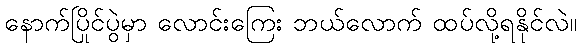
နောက်ပြိုင်ပွဲမှာ လောင်းကြေး ဘယ်လောက် ထပ်လို့ရနိုင်လဲ။